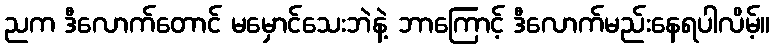
ညက ဒီလောက်တောင် မမှောင်သေးဘဲနဲ့ ဘာကြောင့် ဒီလောက်မည်းနေရပါလိမ့်။